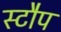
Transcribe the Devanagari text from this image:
स्टौप